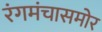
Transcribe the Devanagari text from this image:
रंगमंचासमोर